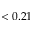
< 0 . 2 1